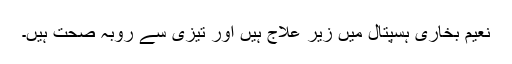
نعیم بخاری ہسپتال میں زیر علاج ہیں اور تیزی سے روبہ صحت ہیں۔